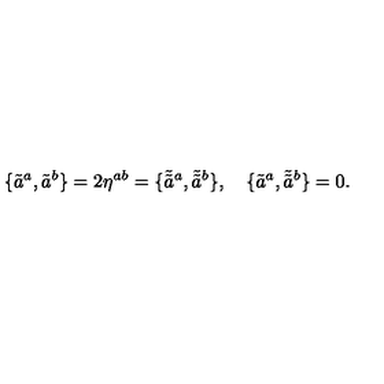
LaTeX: \{ \tilde { a } ^ { a } , \tilde { a } ^ { b } \} = 2 \eta ^ { a b } = \{ \tilde { \tilde { a } } { } ^ { a } , \tilde { \tilde { a } } { } ^ { b } \} , \quad \{ \tilde { a } ^ { a } , \tilde { \tilde { a } } { } ^ { b } \} = 0 .